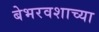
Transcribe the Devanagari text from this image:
बेभरवशाच्या